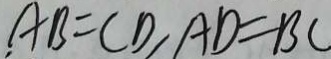
A B = C D , A D = B C